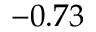
- 0 . 7 3